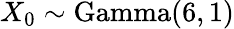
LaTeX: X_{0}\sim\mathrm{Gamma}(6,1)